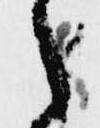
之